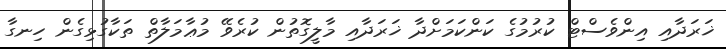
ޚަރަދާއި އިންވެސްޓް ކުރުމުގެ ކަންކަމަށްދާ ޚަރަދާއި މާލީގޮތުން ކުރެވޭ މުޢާމަލާތް ތަކާގުޅިގެން ހިނގާ